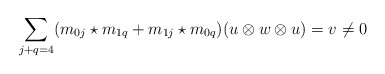
\begin{align*}\sum_{j+q = 4} (m_{0j} \star m_{1q}+m_{1j} \star m_{0q})(u \otimes w \otimes u) = v \neq 0\end{align*}